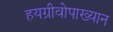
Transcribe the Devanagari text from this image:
हयग्रीवोपाख्यान